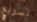
تسريع